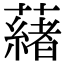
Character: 𬟋